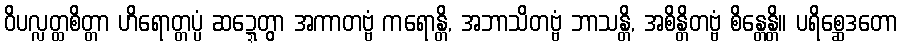
ဝိပလ္လတ္ထစိတ္တာ ဟိရောတ္တပ္ပံ ဆဍ္ဍေတွာ အကာတဗ္ဗံ ကရောန္တိ, အဘာသိတဗ္ဗံ ဘာသန္တိ, အစိန္တိတဗ္ဗံ စိန္တေန္တိ။ ပရိစ္ဆေဒတော